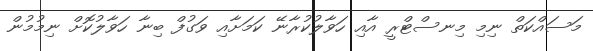
މަސައްކަތް ނިމި މިނސްޓްރީ އާއި ހަވާލުކުރާނޭ ކަމަށާއި ވަގުފް ބިނާ ހަވާލުކޮށް ނިމުމުން